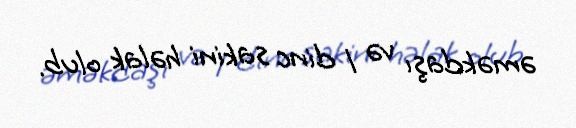
əməkdaşı və 1 dinc sakini həlak olub.